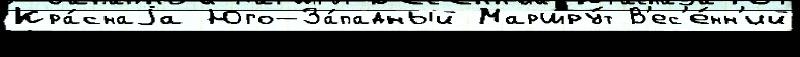
Кра́снаjа Юго-За́падный Маршру́т В'ес'е́нн'ий